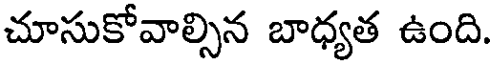
చూసుకోవాల్సిన బాధ్యత ఉంది.